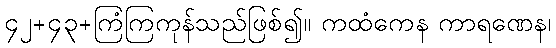
၄၂+၄၃+ကြံကြကုန်သည်ဖြစ်၍။ ကထံကေန ကာရဏေန၊